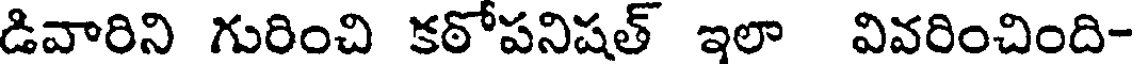
డివారిని గురించి కఠోపనిషత్ ఇలా వివరించింది-